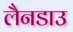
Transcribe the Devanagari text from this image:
लैनडाउ